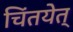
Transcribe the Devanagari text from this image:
चिंतयेत्